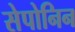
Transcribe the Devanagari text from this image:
सेपोनिन